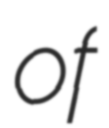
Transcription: of